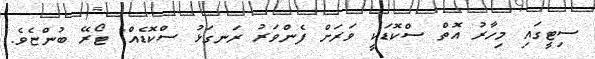
ސިޓީގައި މިހާރު އޮތް ސްކޮޑަކީ ވަރަށް ފެންވަރު ރަނގަޅު ސްކޮޑެއް" ޓޯރޭ ބުންޏެވެ.